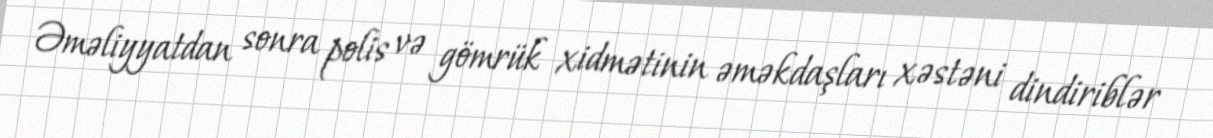
Əməliyyatdan sonra polis və gömrük xidmətinin əməkdaşları xəstəni dindiriblər